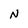
Character: N